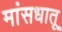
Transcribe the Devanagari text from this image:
मांसधातू